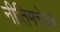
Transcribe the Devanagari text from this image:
नीतिमत्तेचा